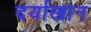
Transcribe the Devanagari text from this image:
दर्याखान